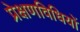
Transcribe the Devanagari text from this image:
प्रेक्षणविधियों